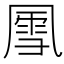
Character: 𪞵